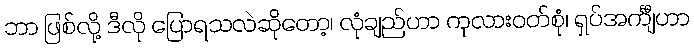
ဘာ ဖြစ်လို့ ဒီလို ပြောရသလဲဆိုတော့၊ လုံချည်ဟာ ကုလားဝတ်စုံ၊ ရှပ်အင်္ကျီဟာ